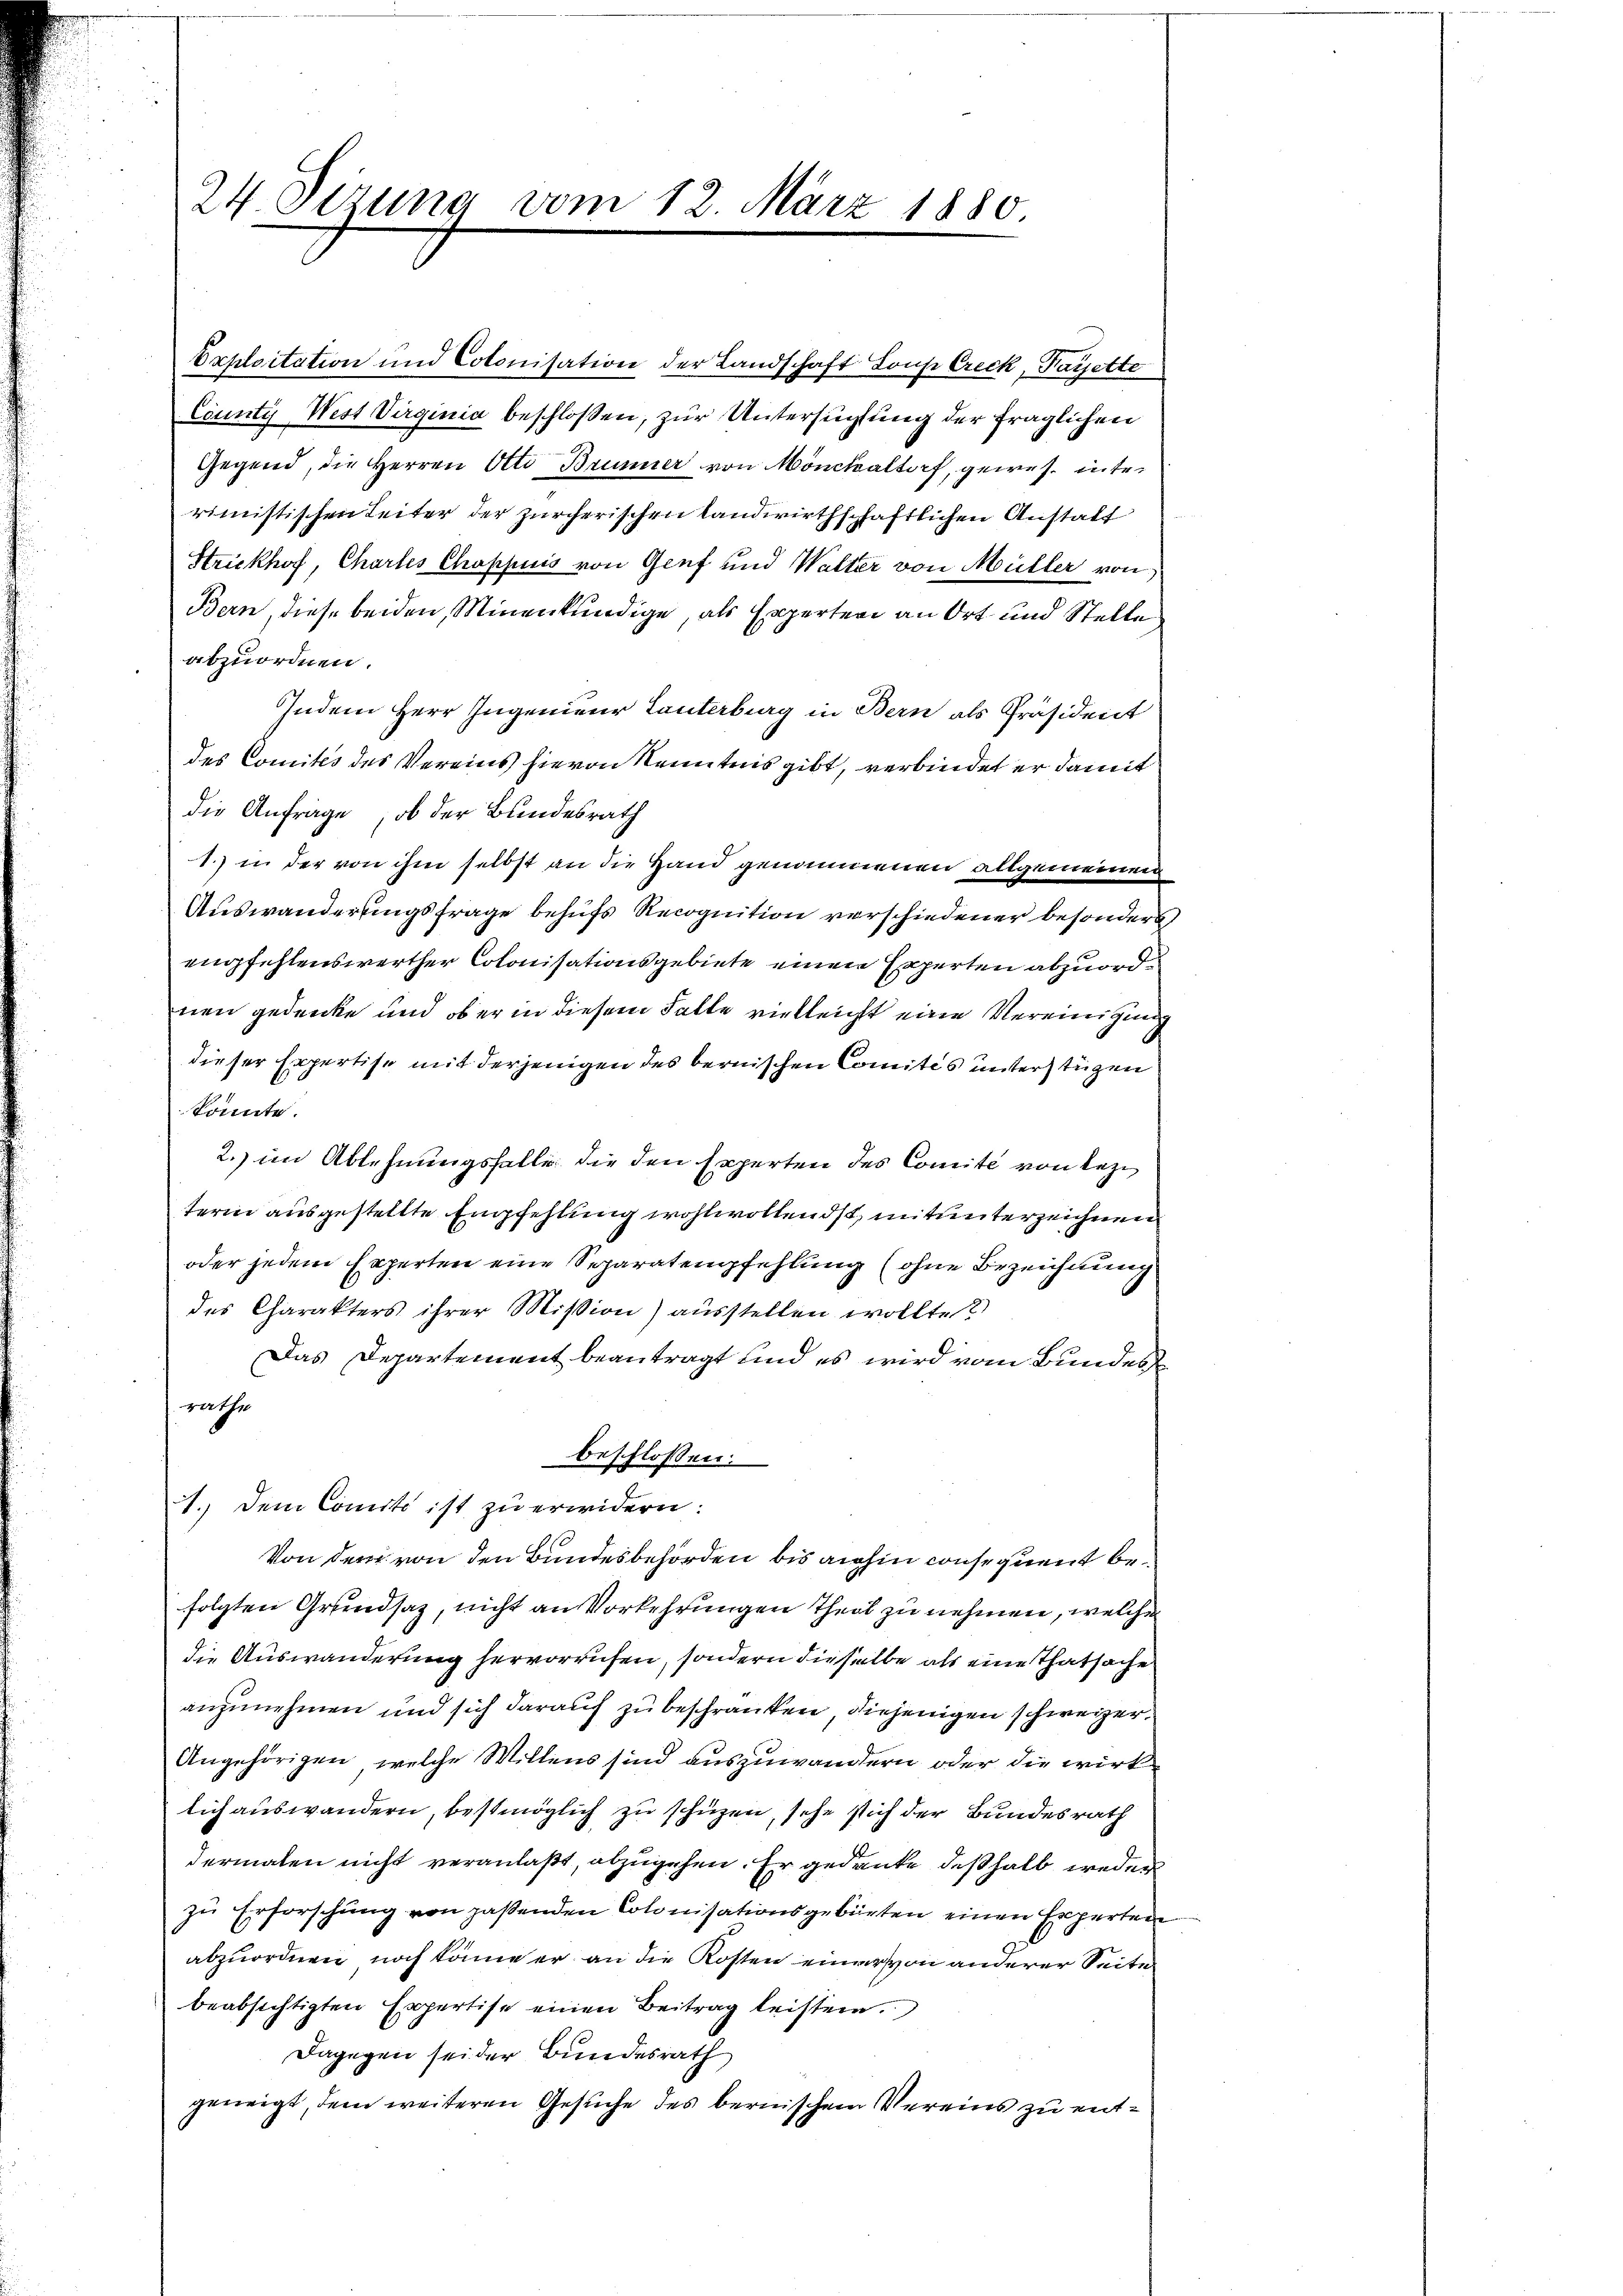
24. Sizung vom 12. März 1880

County West Virginia beschlossen, zur Untersuchtung der fraglichen
Gegend, die Herren Otto Brunner von Mönchaltorf, gewes. inter.
rimistischen Leiter der zürcherischen landwirthschaftlichen Anstatt
Strickhof, Chartes Choppius von Genf und Walter von Müller von
Bern, diese beiden, Minenkundige, als Experten an Ort und Stelle
abzuordnen.
Indem Herr Ingenieur Tanterburg in Bern als Präsident
des Comités des Vereins hievon Kenntnis gibt, verbindet er damit
die Anfrage, ob der Bundesrath
1.) in der von ihm selbst an die Hand genommenen allgemeinen
Auswanderungsfrage behufs Recognition verschiedener besonder
emfehlenswerther Colonisationsgebiete einen Experten abzuordnen gedenke und ob er in diesem Falle vielleicht eine Vereinigung
dieser Expertise mit derjenigen des bernischen Comites unterstüzen
könnte.
2. im Ablehnungsfalle die den Experten des Comité von Rezi
term ausgestellte Empfehlung wohlwollendst, mit unterzeichnen
oder jedem Experten eine Separatempfehlung (ohne Bezeichnung
des Charakters ihrer Mission) ausstellen wollte?
Das Departement beantragt und es wird vom Bundes
rathe
beschlossen:
1.) Dem Comit ist zu erwidern:
Von dem von den Bundesbehörden bis anhin consequent befolgten Grundsaz, nicht an Vorkehrungen Theil zu nehmen, welche
die Auswanderung hervorrufen, sondern dieselbe als eine Thatsache
anzunehmen und sich darauf zu beschränken, diejenigen schweizer,
Angehörigen, welche Willens sind auszuwandern oder die wirklich auswandern, bestmöglich zu schüzen, sehe sich der Bundesrath
dermalen nicht veranlaßt, abzugehen. Er gedanke deßhalb weder
zu Erforschung von paßenden Colonisationsgebürten einen Experten
abzuordnen, noch könne er an die Kosten einer von anderer Seite
beabsichtigten Expertise einen Beitrag leisten.
Dagegen sei der Bundesrath
geneigt, dem weiteren Gesuche des bernischen Vereins zu ent¬

Exploitation und Cotonisation der Landschaft Konse Creck, Payette